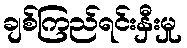
ချစ်ကြည်ရင်းနှီးမှု